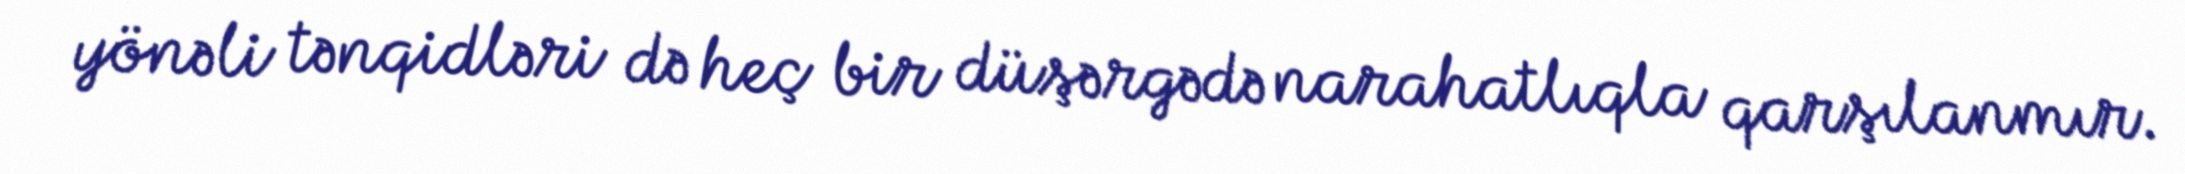
yönəli tənqidləri də heç bir düşərgədə narahatlıqla qarşılanmır.